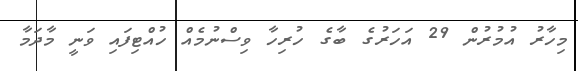
މިހާރު އުމުރުން 29 އަހަރުގެ ބާގެ ހުރިހާ ވިސްނުމެއްް ހުއްޓިފައި ވަނީ މާދަމާ